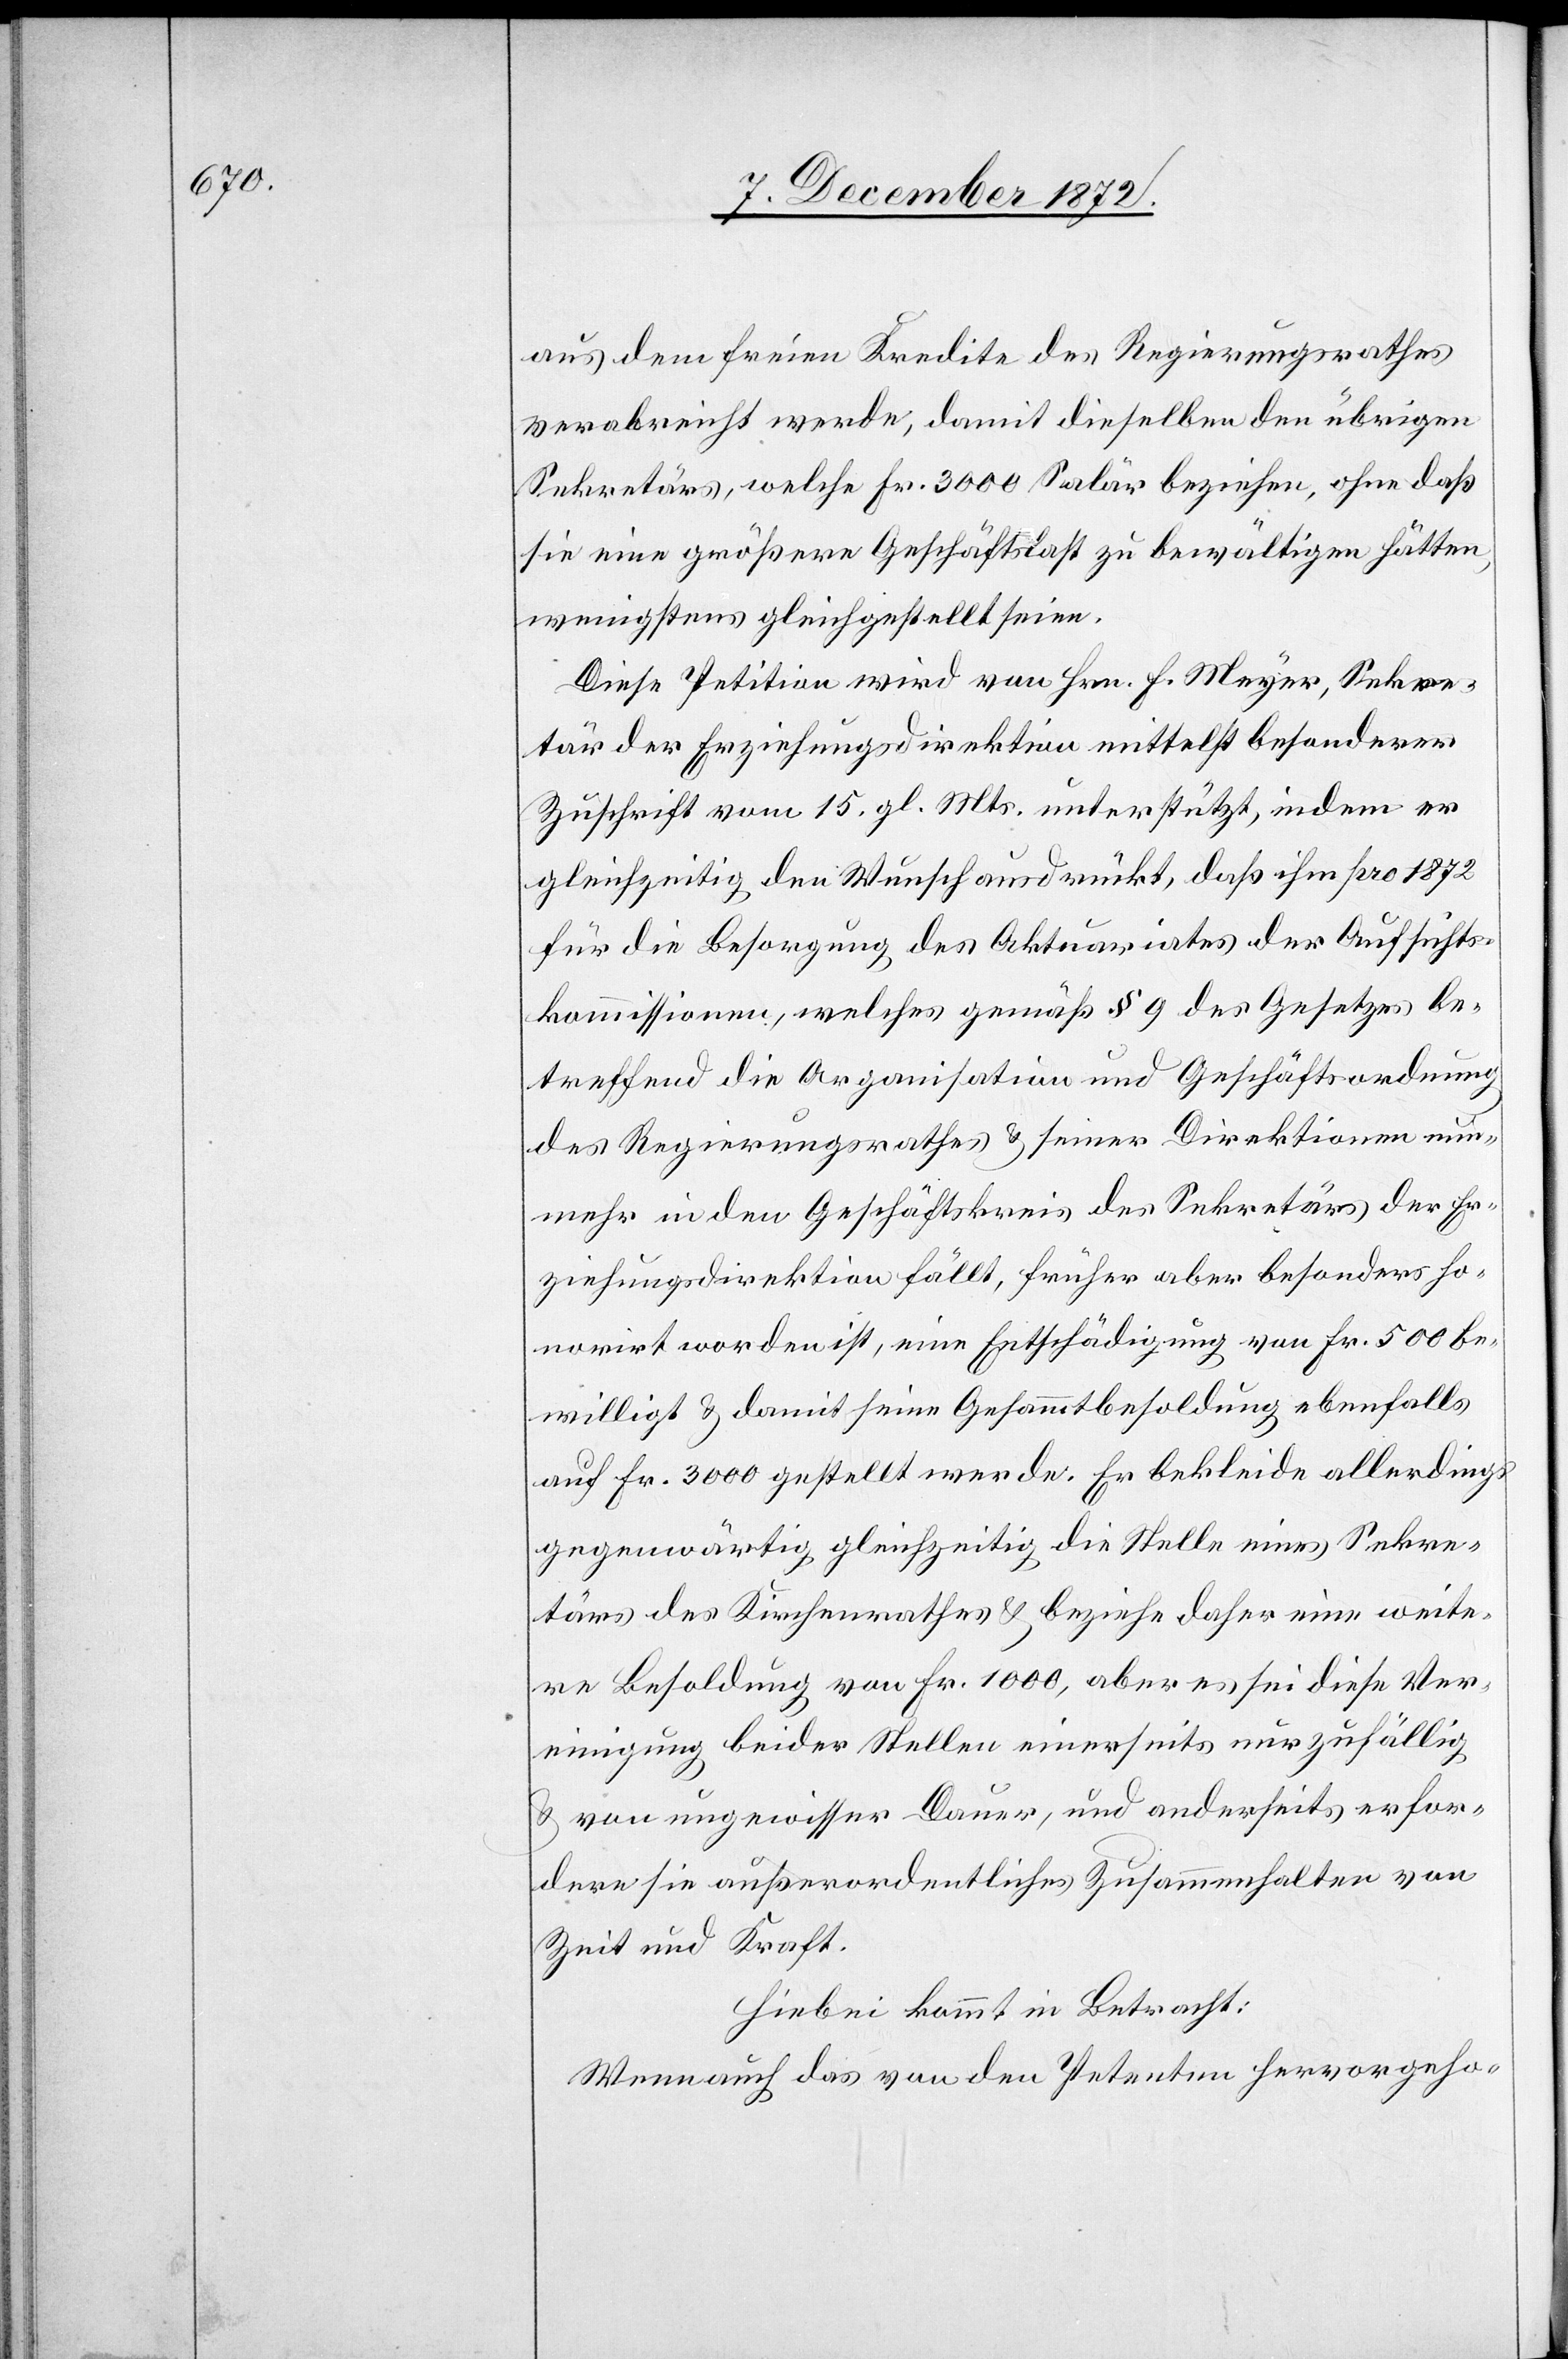
aus dem freien Kredite des Regierungsrathes
verabreicht werde, damit dieselben den übrigen
Sekretärs, welche Fr. 3000 Salär beziehen, ohne daß
sie eine größere Geschäftslast zu bewältigen hätten,
wenigstens gleichgestellt seien.
Diese Petition wird von Hrn. F. Meyer, Sekre¬
tär der Erziehungsdirektion mittelst besonderer
Zuschrift vom 15. gl. Mts. unterstützt, indem er
gleichzeitig den Wunsch ausdrückt, daß ihm pro 1872
für die Besorgung des Aktuariates der Aufsichts¬
kommissionen, welches gemäß § 9 des Gesetzes be¬
treffend die Organisation und Geschäftsordnung
des Regierungsrathes u. seiner Direktionen nun¬
mehr in den Geschäftskreis des Sekretärs der Er¬
ziehungsdirektion fällt, früher aber besonders ho¬
norirt worden ist, eine Entschädigung von Fr. 500 be¬
willigt u. damit seine Gesammtbesoldung ebenfalls
auf Fr. 3000 gestellt werde. Er bekleide allerdings
gegenwärtig gleichzeitig die Stelle eines Sekre¬
tärs des Kirchenrathes u. beziehe daher eine weite¬
re Besoldung von Fr. 1000, aber es sei diese Ver¬
einigung beider Stellen einerseits nur zulässig
u. von ungewisser Dauer, und anderseits erfor¬
dere sie außerordentliches Zusammenhalten von
Zeit und Kraft.
Hiebei kommt in Betracht:
Wenn auch das von den Petenten hervorgeho-